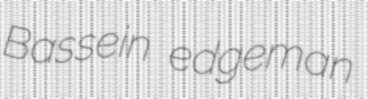
Bassein edgeman